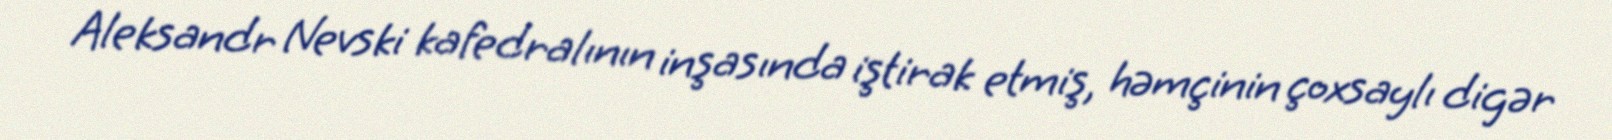
Aleksandr Nevski kafedralının inşasında iştirak etmiş, həmçinin çoxsaylı digər